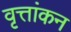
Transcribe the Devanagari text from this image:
वृत्तांकन